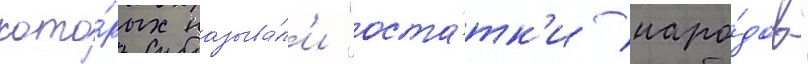
кото́рых называ́л'и "оста́тк'и наро́дов"